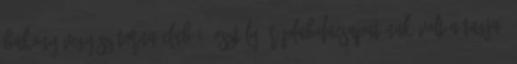
Bakony-vegyész Torna Club I. osztályú röplabdacsapatának volt a tagja,